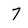
Character: 7